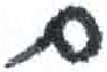
אות: ם